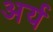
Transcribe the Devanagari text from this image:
अर्य